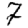
Digit: 7